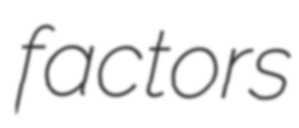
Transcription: factors